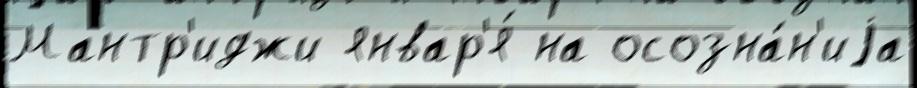
Мантр'иджи январ'я́ на осозна́н'иjа